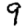
Digit: 9